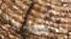
عندما